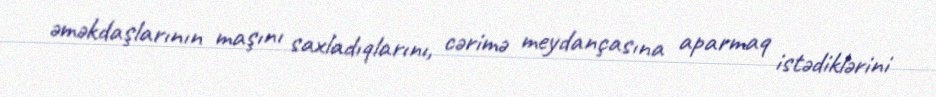
əməkdaşlarının maşını saxladıqlarını, cərimə meydançasına aparmaq istədiklərini